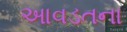
આવડતના